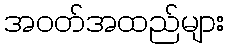
အဝတ်အထည်များ